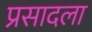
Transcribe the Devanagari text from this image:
प्रसादला